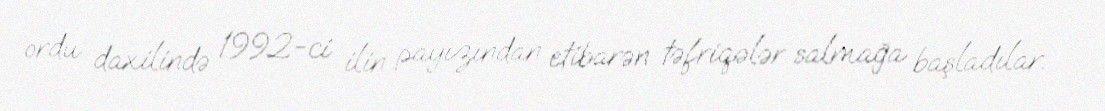
ordu daxilində 1992-ci ilin payızından etibarən təfriqələr salmağa başladılar.